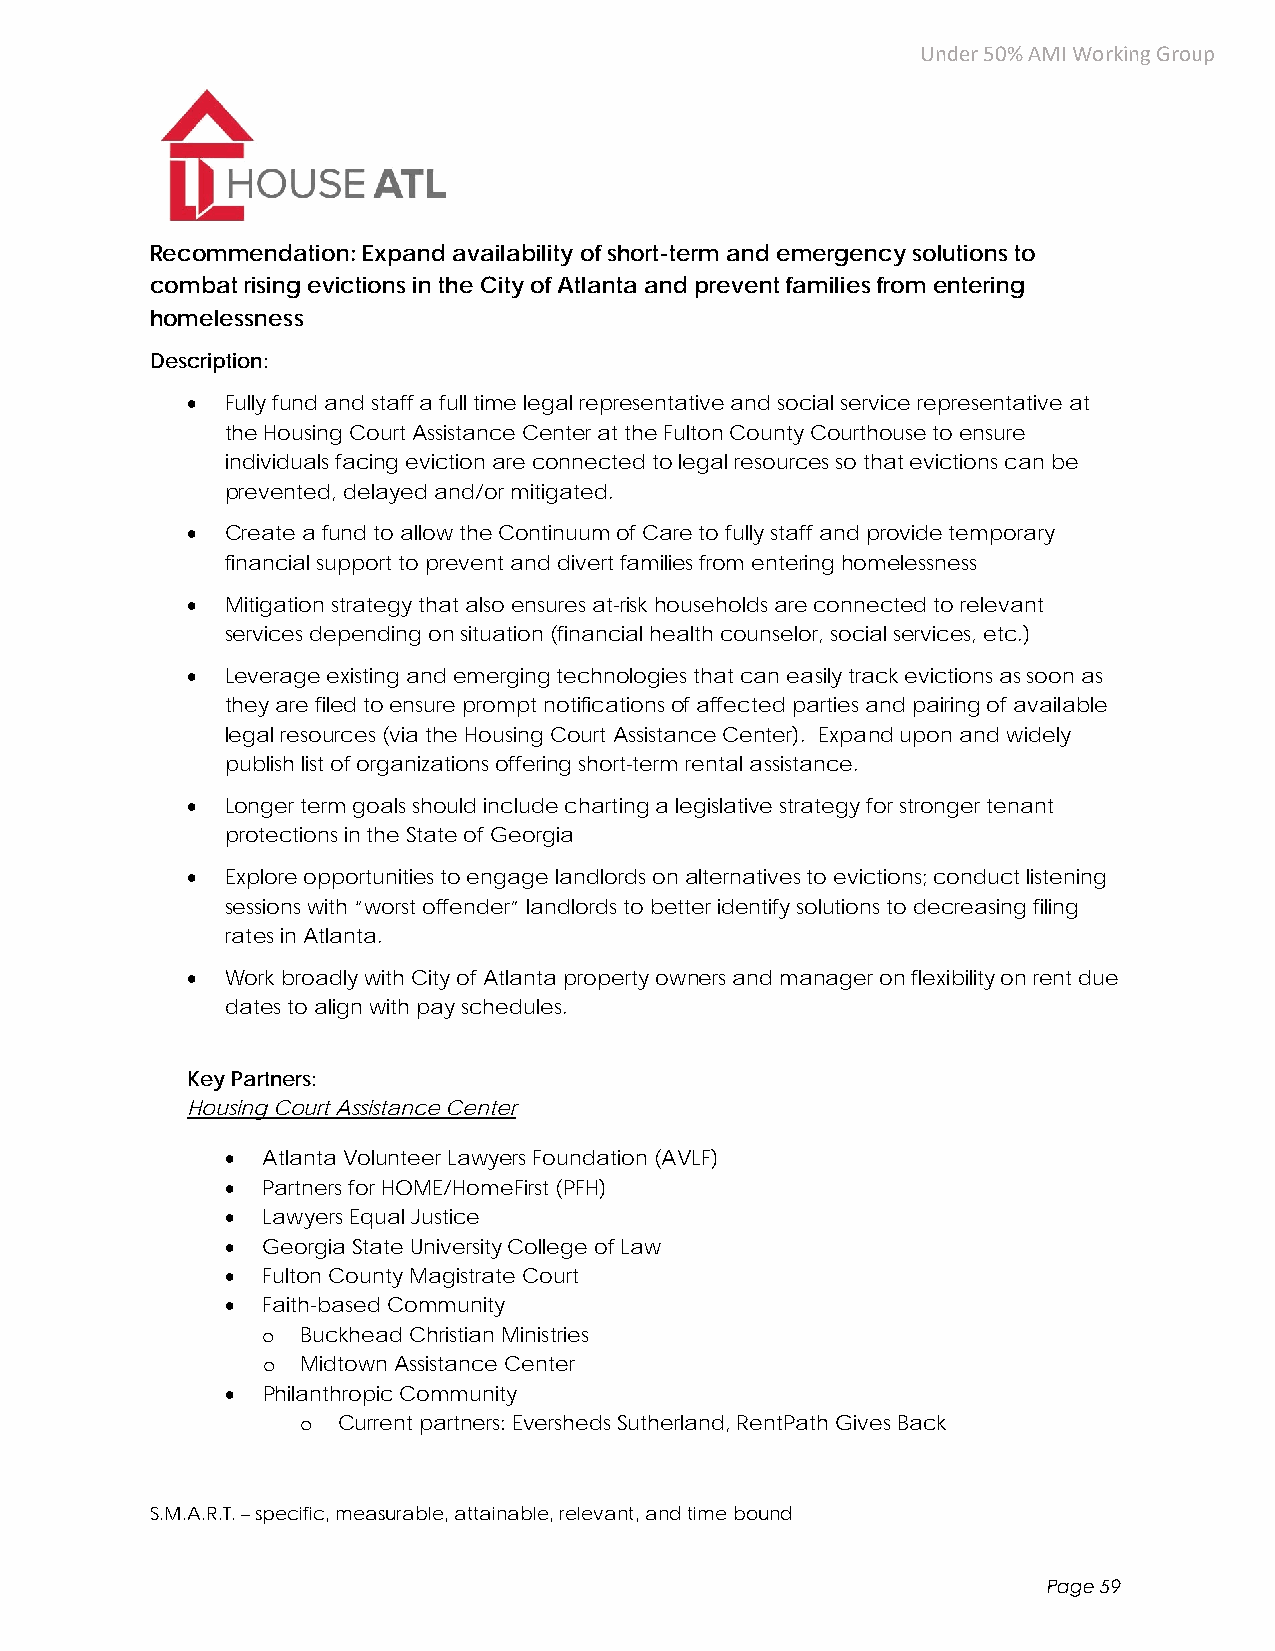
Under 50% AMI Working Group
 Recommendation: Expand availability of short-term and emergency solutions to
 combat rising evictions in the City of Atlanta and prevent families from entering
 homelessness
 Description:
   Fully fund and staff a full time legal representative and social service representative at
 the Housing Court Assistance Center at the Fulton County Courthouse to ensure
 individuals facing eviction are connected to legal resources so that evictions can be
 prevented, delayed and/or mitigated.
   Create a fund to allow the Continuum of Care to fully staff and provide temporary
 financial support to prevent and divert families from entering homelessness
   Mitigation strategy that also ensures at-risk households are connected to relevant
 services depending on situation (financial health counselor, social services, etc.)
   Leverage existing and emerging technologies that can easily track evictions as soon as
 they are filed to ensure prompt notifications of affected parties and pairing of available
 legal resources (via the Housing Court Assistance Center). Expand upon and widely
 publish list of organizations offering short-term rental assistance.
   Longer term goals should include charting a legislative strategy for stronger tenant
 protections in the State of Georgia
   Explore opportunities to engage landlords on alternatives to evictions; conduct listening
 sessions with “worst offender” landlords to better identify solutions to decreasing filing
 rates in Atlanta.
   Work broadly with City of Atlanta property owners and manager on flexibility on rent due
 dates to align with pay schedules.
 Key Partners:
 Housing Court Assistance Center
  Atlanta Volunteer Lawyers Foundation (AVLF)
  Partners for HOME/HomeFirst (PFH)
  Lawyers Equal Justice
  Georgia State University College of Law
  Fulton County Magistrate Court
  Faith-based Community
 o  Buckhead Christian Ministries
 o  Midtown Assistance Center
  Philanthropic Community
 o Current partners: Eversheds Sutherland, RentPath Gives Back
 S.M.A.R.T. – specific, measurable, attainable, relevant, and time bound
 Page 59